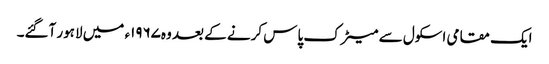
ایک مقامی اسکول سے میٹرک پاس کرنے کے بعد وہ۱۹۶۷ء میں لاہور آگئے۔